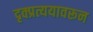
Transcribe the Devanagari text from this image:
दृक्प्रत्ययावरून